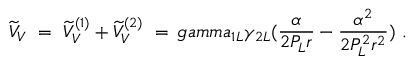
\widetilde V _ { V } \ = \ \widetilde V _ { V } ^ { ( 1 ) } + \widetilde V _ { V } ^ { ( 2 ) } \ = \, g a m m a _ { 1 L } \gamma _ { 2 L } ( \frac { \alpha } { 2 P _ { L } r } - \frac { \alpha ^ { 2 } } { 2 P _ { L } ^ { 2 } r ^ { 2 } } ) \ .